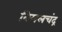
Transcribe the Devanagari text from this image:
विमलचंद्र